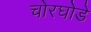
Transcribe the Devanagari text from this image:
चोरघोडे